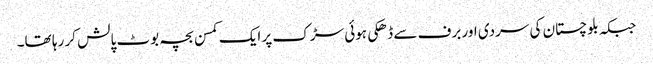
جبکہ بلوچستان کی سردی اور برف سے ڈھکی ہوئی سڑک پر ایک کمسن بچہ بوٹ پالش کر رہا تھا۔